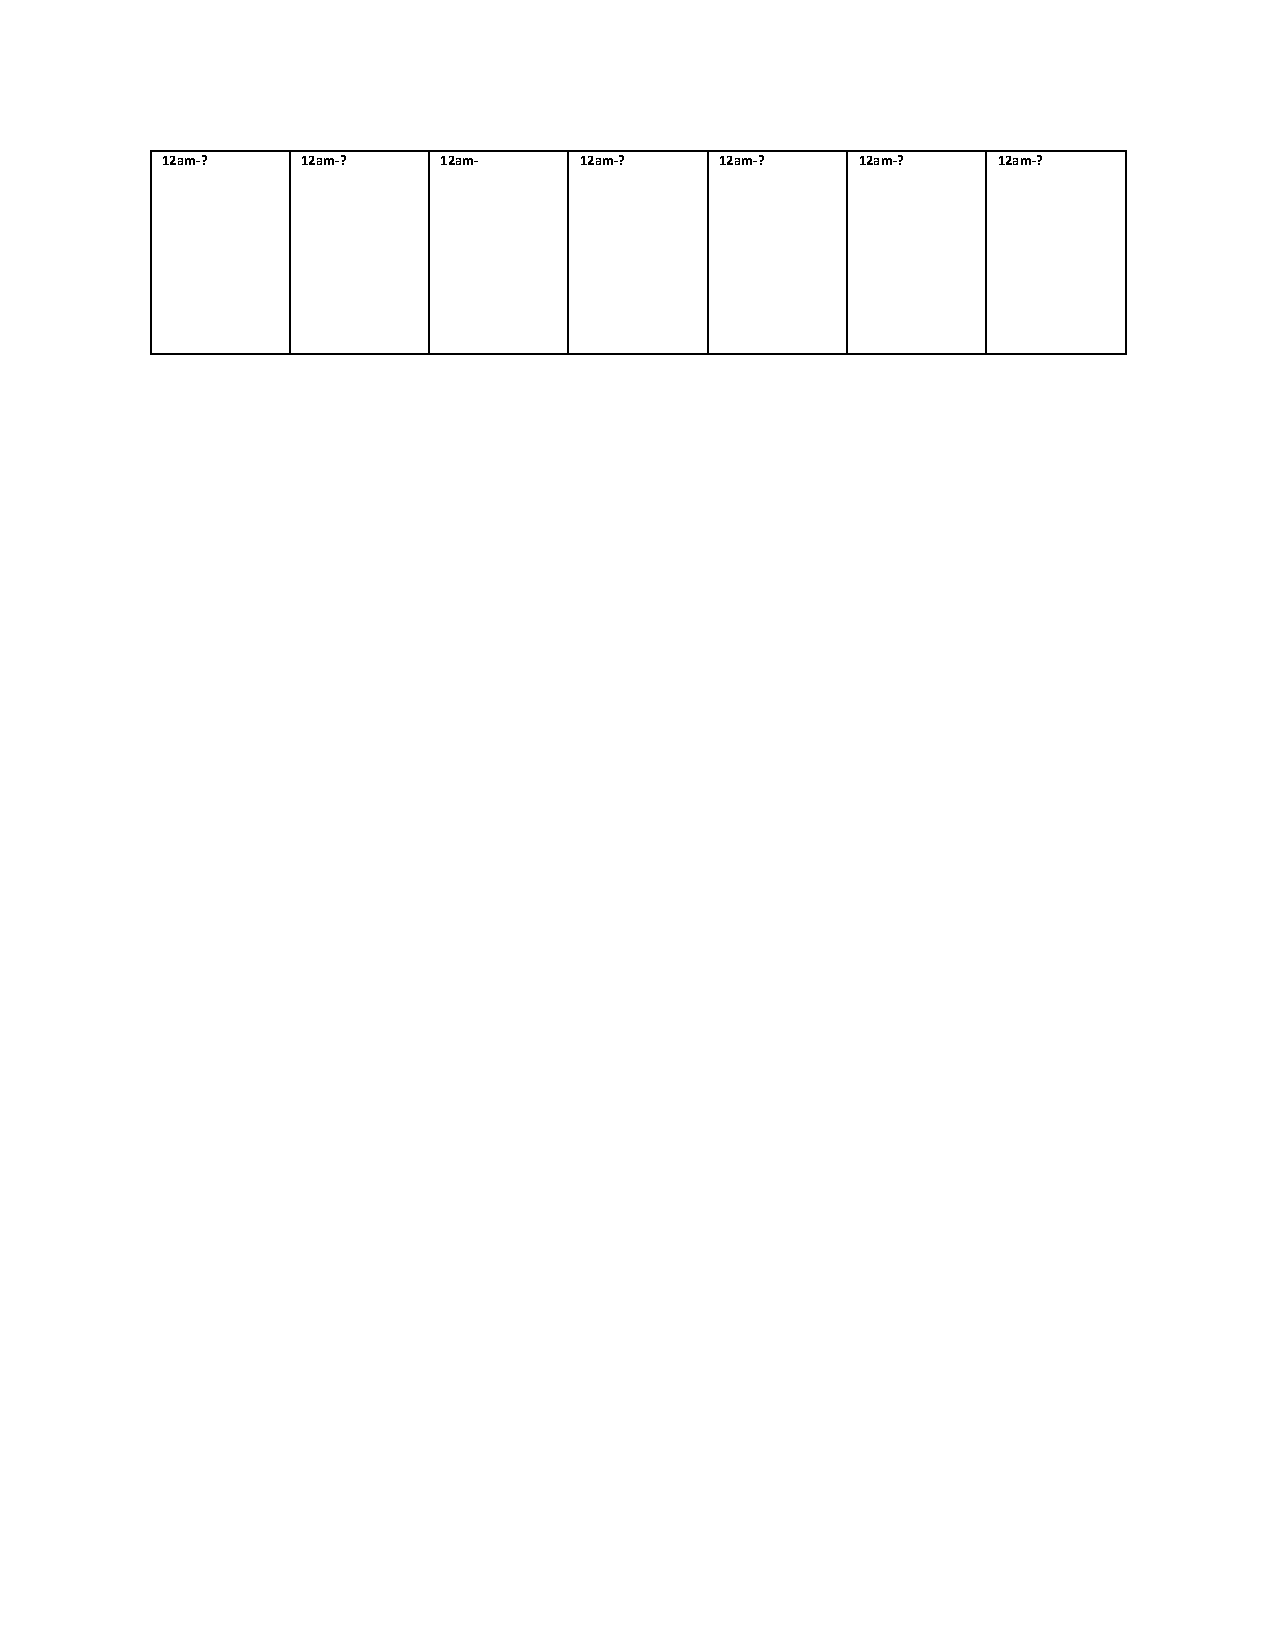
12am-?   12am-?   12am-    12am-?    12am-?   12am-?   12am-?